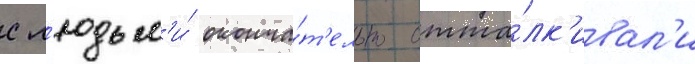
с л'юдьм'и́ оконча́т'ельно отта́лк'ивал'и